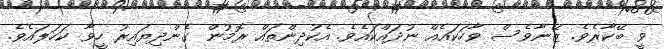
ވީ ބޭކާރެވެ. ޒޭނާވެސް ވާހަކައެއް ނުދައްކައެވެ. އެކުދިންތައް ރޮމުން ގެންދިޔައިރު ހީވާ ކަހަލައެވެ.